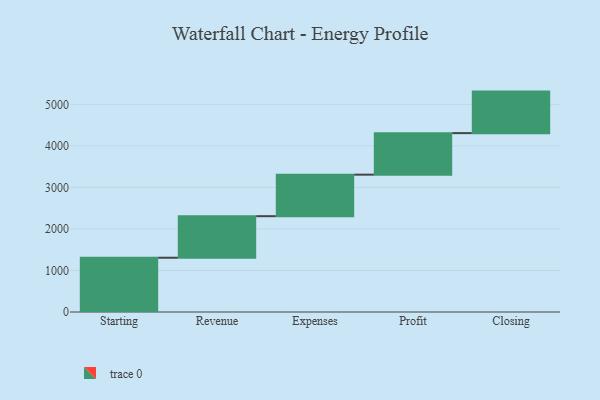
{"axis": {"x": "Step", "y": "Value"}, "legend": [""], "data": [{"x": "Starting", "y": 1307.0, "type": ""}, {"x": "Revenue", "y": 1000, "type": ""}, {"x": "Expenses", "y": 1000, "type": ""}, {"x": "Profit", "y": 1000, "type": ""}, {"x": "Closing", "y": 1000, "type": ""}]}